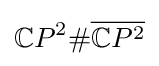
{\mathbb {C} P}^{2}\#{\overline {\mathbb {C} P^{2}}}